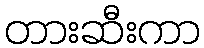
တားဆီးကာ